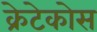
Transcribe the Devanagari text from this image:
क्रेटेकोस